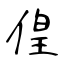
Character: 偟